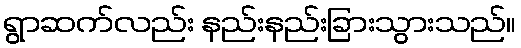
ရွာဆက်လည်း နည်းနည်းခြားသွားသည်။